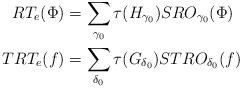
LaTeX: \begin{align*} RT_e(\Phi)&=\sum_{\gamma_0} \tau(H_{\gamma_0}) SRO_{\gamma_0}(\Phi)\\ TRT_e(f)&=\sum_{\delta_0} \tau(G_{\delta_0}) STRO_{\delta_0}(f)\end{align*}